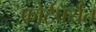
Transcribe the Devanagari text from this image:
फोर्टपर्यंत